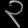
Digit: ၃